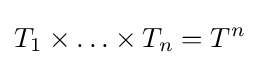
T_{1}\times \ldots \times T_{n}=T^{n}